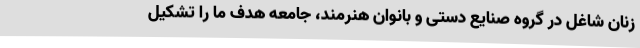
زنان شاغل در گروه صنایع دستی و بانوان هنرمند، جامعه هدف ما را تشکیل